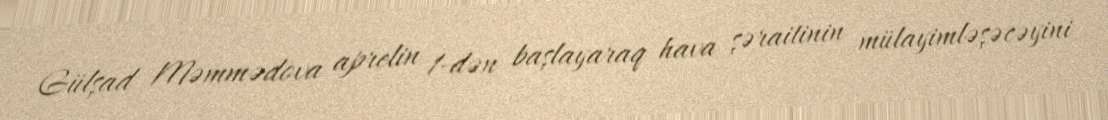
Gülşad Məmmədova aprelin 1-dən başlayaraq hava şəraitinin mülayimləşəcəyini